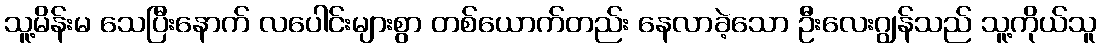
သူ့မိန်းမ သေပြီးနောက် လပေါင်းများစွာ တစ်ယောက်တည်း နေလာခဲ့သော ဦးလေးဂျွန်သည် သူ့ကိုယ်သူ